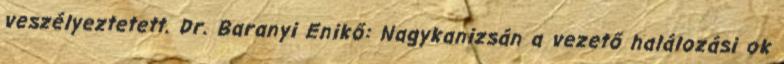
veszélyeztetett. Dr. Baranyi Enikő: Nagykanizsán a vezető halálozási ok